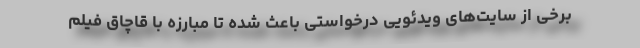
برخی از سایت‌های ویدئویی درخواستی باعث شده تا مبارزه با قاچاق فیلم